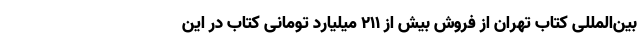
بین‌المللی کتاب تهران از فروش بیش از ۲۱۱ میلیارد تومانی کتاب در این